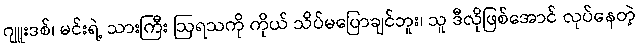
ဂျူးဒစ်၊ မင်းရဲ့ သားကြီး ဩရသကို ကိုယ် သိပ်မပြောချင်ဘူး၊ သူ ဒီလိုဖြစ်အောင် လုပ်နေတဲ့